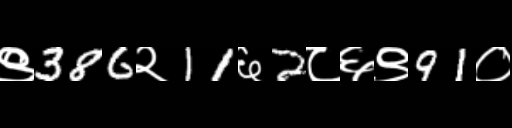
Text: ९386२11६2८६९91०